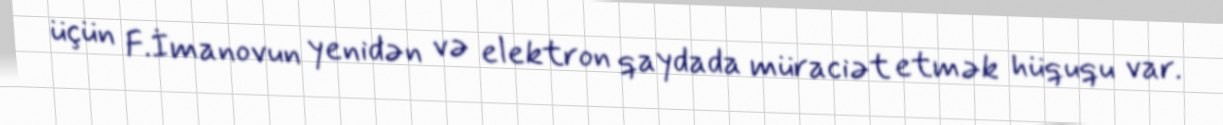
üçün F.İmanovun yenidən və elektron qaydada müraciət etmək hüququ var.